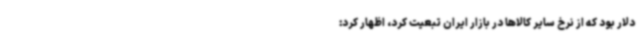
دلار بود که از نرخ سایر کالاها در بازار ایران تبعیت کرد، اظهار کرد: